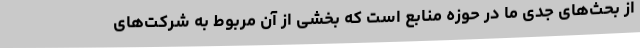
از بحث‌های جدی ما در حوزه منابع است که بخشی از آن مربوط به شرکت‌های